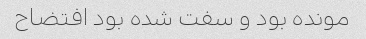
مونده بود و سفت شده بود افتضاح